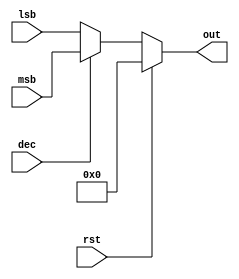
`timescale 1ns / 1ps
//////////////////////////////////////////////////////////////////////////////////
// Company: 
// Engineer: 
// 
// Design Name: 
// Module Name:    mux_program_counter 
// Project Name: 
// Target Devices: 
// Tool versions: 
// Description: 
//
// Dependencies: 
//
// Revision: 
// Revision 0.01 - File Created
// Additional Comments: 
//
//////////////////////////////////////////////////////////////////////////////////
module mux_program_counter #(parameter nbits = 7)(
	 input rst,
    input [nbits-1:0] msb,
    input [nbits-1:0] lsb,
    output reg [nbits-1:0] out,
    input dec
    );
	 
	 always@(msb, lsb, dec, rst) begin
		if(rst == 1) out <= 0;
		else begin
			 if (dec == 0) begin
				out <= lsb;
			 end
			 else begin
				out <= msb;
			 end
		end
	 end
	 
endmodule